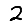
Digit: 2